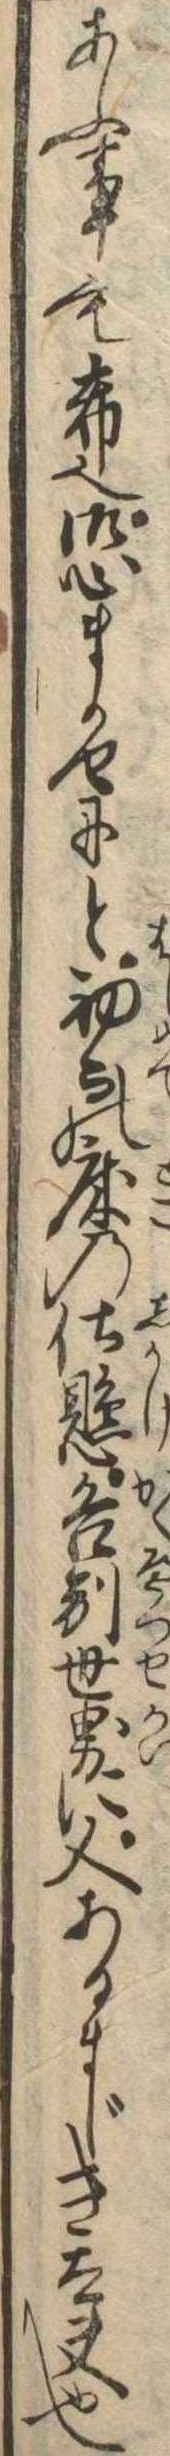
あふ事も希也御心まかせにと初而の床の仕懸各別世界に又あるまじき太夫也